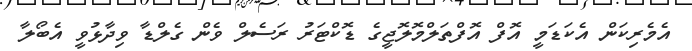
އެމެރިކަން އެކަޑަމީ އޮފް އޮފްތަލްމޮލޮޖީގެ ޑޮކްޓަރު ރަސެލް ވެން ގެލްޑާ ވިދާޅުވީ އެބޯލާ